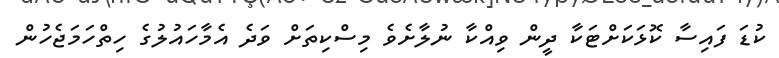
ކުޑަ ފައިސާ ކޮޅަކަށްޓަކާ ދީން ވިއްކާ ނުލާށެވެ މިސްކިތަށް ވަދެ އެމާހައުލުގެ ހިތްހަމަޖެހުން